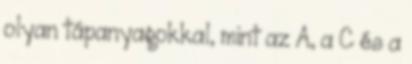
olyan tápanyagokkal, mint az A, a C és a